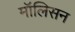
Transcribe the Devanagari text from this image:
मॉलिसन